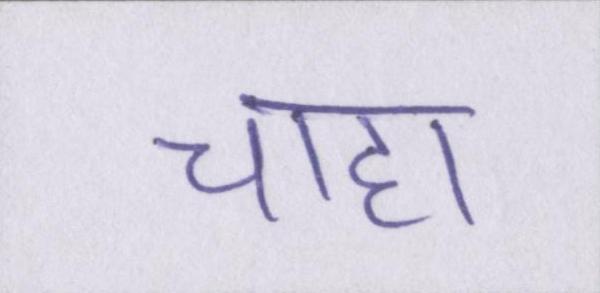
चाहा